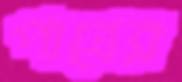
পাত্রের